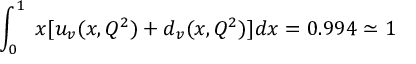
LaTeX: \int _ { 0 } ^ { 1 } \; x [ u _ { v } ( x , Q ^ { 2 } ) + d _ { v } ( x , Q ^ { 2 } ) ] d x = 0 . 9 9 4 \simeq 1